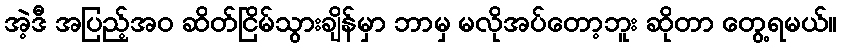
အဲ့ဒီ အပြည့်အဝ ဆိတ်ငြိမ်သွားချိန်မှာ ဘာမှ မလိုအပ်တော့ဘူး ဆိုတာ တွေ့ရမယ်။